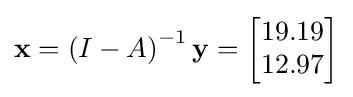
\mathbf {x} =\left(I-A\right)^{-1}\mathbf {y} ={\begin{bmatrix}19.19\\12.97\end{bmatrix}}